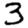
Digit: 3